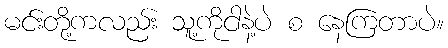
မင်းတို့ကလည်း သူ့ကိုငါနဲ့ပဲ စ နေကြတာပဲ။